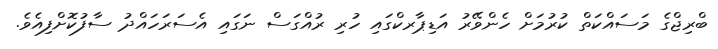
ބްރިޖްގެ މަސައްކަތް ކުރުމަށް ހެންވޭރު އަޑިޕާރކްގައި ހުރި ރުއްގަސް ނަގައި އެސަރަހައްދު ސާފުކޮށްފިއެވެ.